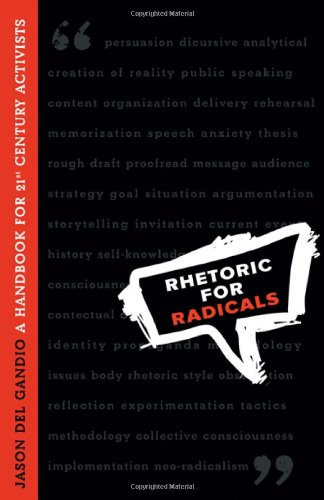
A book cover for Rhetoric for Radicals: A Handbook for 21st Century Activists; Jason Del Gandio; Law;